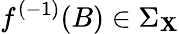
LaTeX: f^{(-1)}(B)\in\Sigma_{\mathbf{X}}